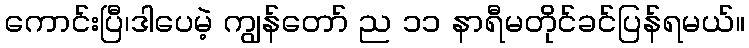
ကောင်းပြီ၊ဒါပေမဲ့ ကျွန်တော် ည ၁၁ နာရီမတိုင်ခင်ပြန်ရမယ်။